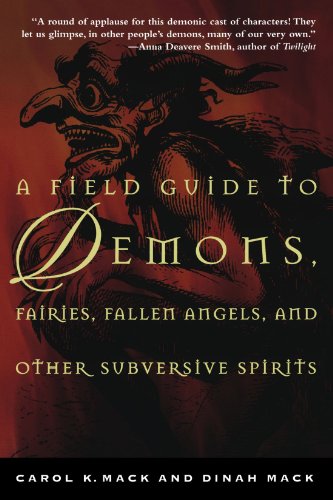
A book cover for A Field Guide to Demons, Fairies, Fallen Angels and Other Subversive Spirits; Carol K. Mack; Christian Books & Bibles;